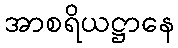
အာစရိယဋ္ဌာနေ